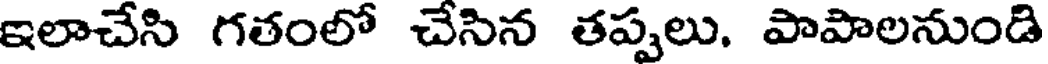
ఇలాచేసి గతంలో చేసిన తప్పలు. పాపాలనుండి